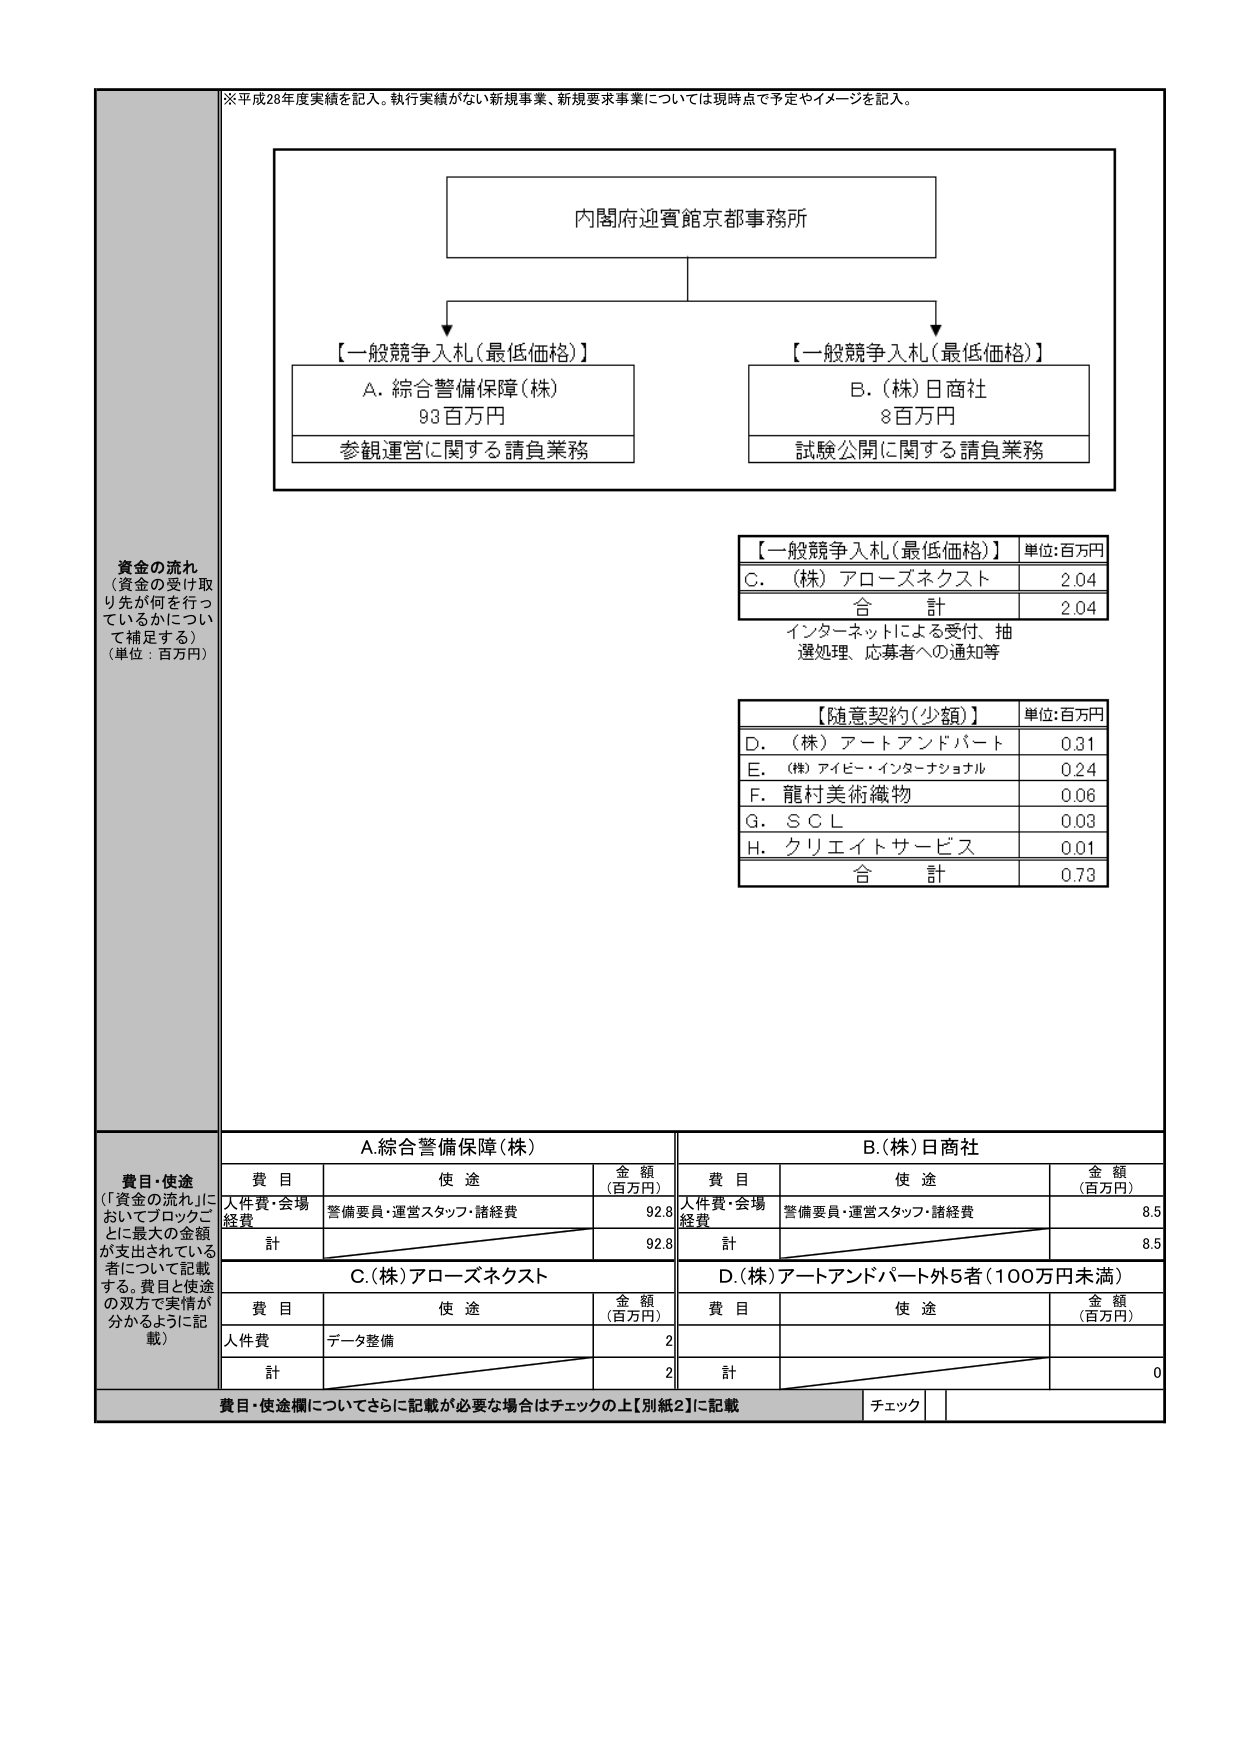
※平成28年度実績を記入。執行実績がない新規事業、新規要求事業については現時点で予定やイメージを記入。

内閣府迎賓館京都事務所

【一般競争入札（最低価格）】
A. 総合警備保障（株）
93百万円
参観運営に関する請負業務

【一般競争入札（最低価格）】
B. （株）日商社
8百万円
試験公開に関する請負業務

【一般競争入札（最低価格）】 単位：百万円
C. （株）アローズネクスト 2.04
合 計 2.04
インターネットによる受付、抽選処理、応募者への通知等

【随意契約（少額）】 単位：百万円
D. （株）アートアンドパート 0.31
E. （株）アイビー・インターナショナル 0.24
F. 龍村美術織物 0.06
G. ＳＣＬ 0.03
H. クリエイトサービス 0.01
合 計 0.73

資金の流れ
（資金の受け取り先が何を行っているかについて補足する）
（単位：百万円）

費目・使途
（「資金の流れ」においてブロックごとに最大の金額が支出されている者について記載する。費目と使途の双方で実情が分かるように記載）

A. 総合警備保障（株）
費目 使途 金額（百万円）
人件費・会場経費 警備要員・運営スタッフ・諸経費 92.8
計 92.8

B. （株）日商社
費目 使途 金額（百万円）
人件費・会場経費 警備要員・運営スタッフ・諸経費 8.5
計 8.5

C. （株）アローズネクスト
費目 使途 金額（百万円）
人件費 データ整備 2
計 2

D. （株）アートアンドパート外5者（100万円未満）
費目 使途 金額（百万円）
計 0

費目・使途欄についてさらに記載が必要な場合はチェックの上【別紙2】に記載
チェック